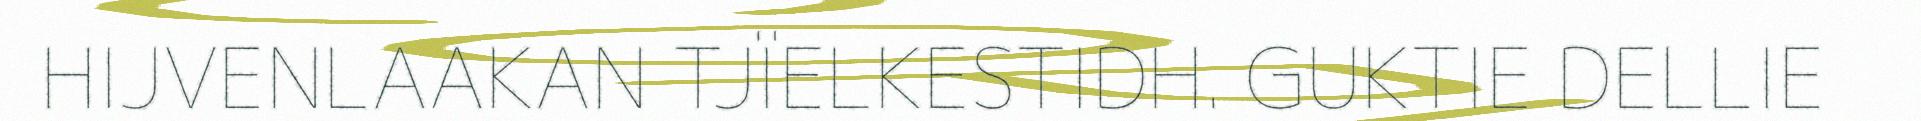
HIJVENLAAKAN TJÏELKESTIDH. GUKTIE DELLIE